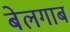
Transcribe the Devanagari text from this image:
बेलगाबं